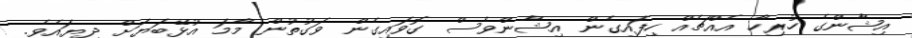
އިޝާންގެ ހުރިހާ އެއްޗެއް ހިފައިގެން އިޝާންވެސް ގޮވައިގެން ވަގުތުން މާމަ އުޅޭބަޔަށް ދިޔައެވެ.